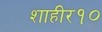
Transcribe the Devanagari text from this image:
शाहीर१०